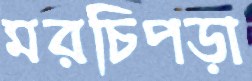
মরচিপড়া